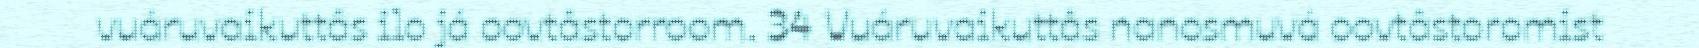
vuáruvaikuttâs ilo já oovtâstorroom. 34 Vuáruvaikuttâs nanosmuvá oovtâstoromist